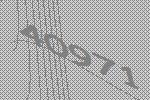
40971